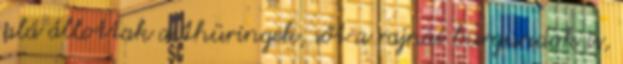
alá állottak a thüringek, sőt a rajnai burgundok is,